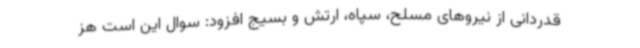
قدردانی از نیروهای مسلح، سپاه، ارتش و بسیج افزود: سوال این است هز